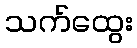
သက်ထွေး